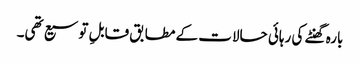
بارہ گھنٹے کی رہائی حالات کے مطابق قابلِ توسیع تھی۔